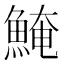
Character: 𩸆